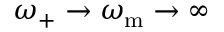
\omega _ { + } \rightarrow \omega _ { \mathrm { m } } \rightarrow \infty